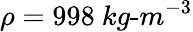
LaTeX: \rho=998~kg\textrm{-}m^{-3}